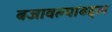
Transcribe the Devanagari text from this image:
बजावल्याबद्दल